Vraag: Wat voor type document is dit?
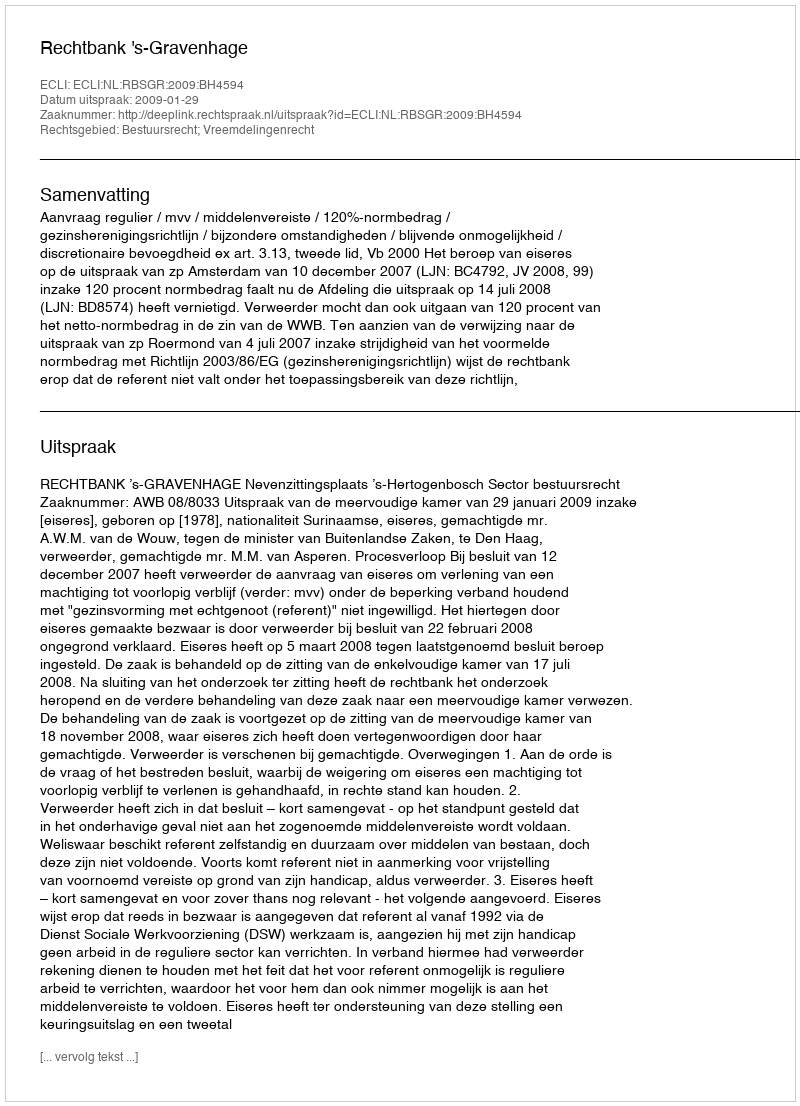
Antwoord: Uitspraak